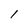
Character: l